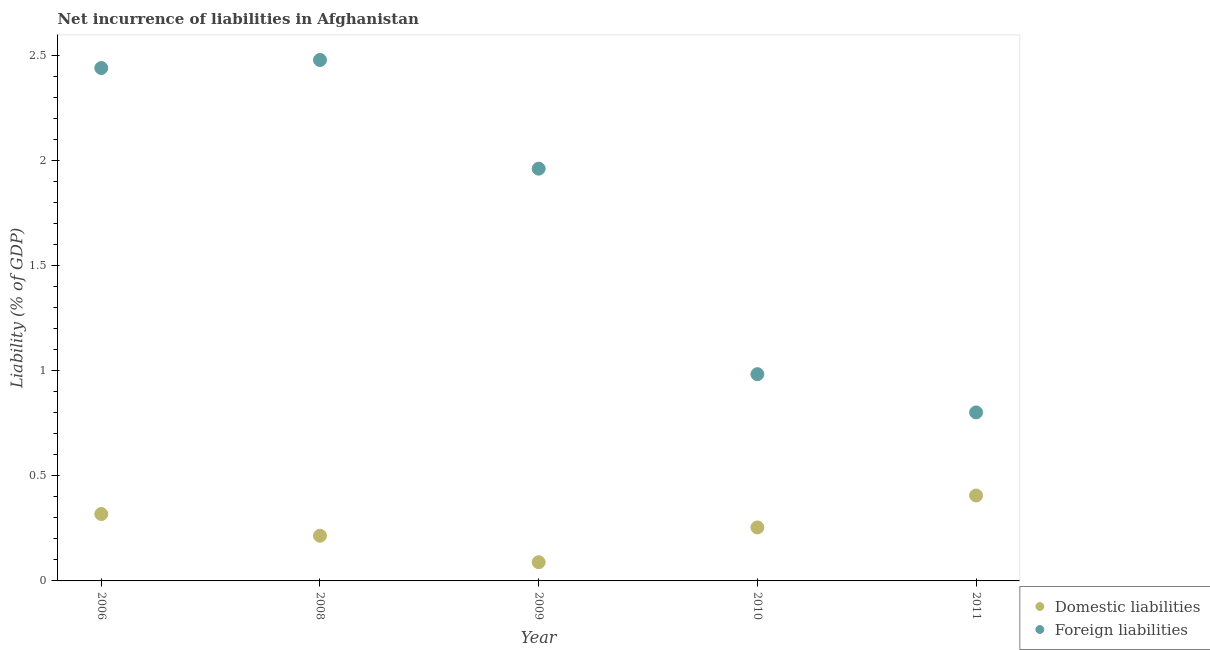
| Year | Domestic liabilities | Foreign liabilities |
 | --- | --- | --- |
 | 2006 | 0.318 | 2.44 |
 | 2008 | 0.215 | 2.48 |
 | 2009 | 0.0891 | 1.96 |
 | 2010 | 0.255 | 0.984 |
 | 2011 | 0.407 | 0.802 |